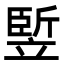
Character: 𥪨